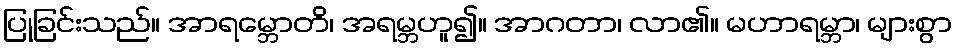
ပြုခြင်းသည်။ အာရမ္ဘောတိ၊ အရမ္ဘဟူ၍။ အာဂတာ၊ လာ၏။ မဟာရမ္ဘာ၊ များစွာ